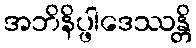
အဘိနိပ္ဖါဒေဿန္တိ